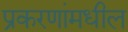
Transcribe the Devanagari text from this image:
प्रकरणांमधील